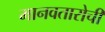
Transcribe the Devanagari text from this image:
मानवतारोची